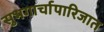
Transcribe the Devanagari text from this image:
सुभगार्चापारिजात